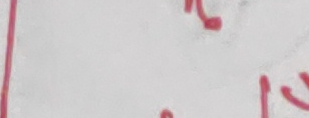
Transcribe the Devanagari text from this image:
१२